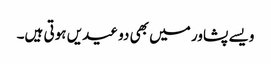
ویسے پشاور میں بھی دو عیدیں ہوتی ہیں۔